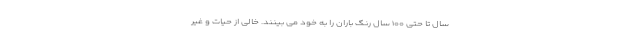
سال تا حتی ۱۰۰ سال رنگ باران را به خود می بینند. خالی از حیات و غیر